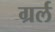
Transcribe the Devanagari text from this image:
ग्रर्ल